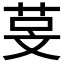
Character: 𬜰